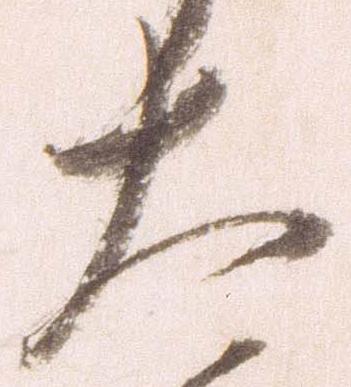
大